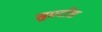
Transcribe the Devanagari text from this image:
सुप्रदीप्त